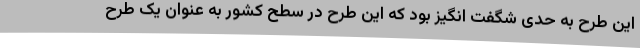
این طرح به حدی شگفت انگیز بود که این طرح در سطح کشور به عنوان یک طرح